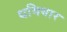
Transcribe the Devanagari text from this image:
धमियार